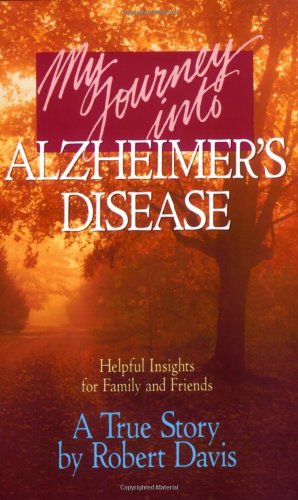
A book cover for My Journey into Alzheimer's Disease; Robert Davis; Health, Fitness & Dieting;